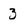
Character: z